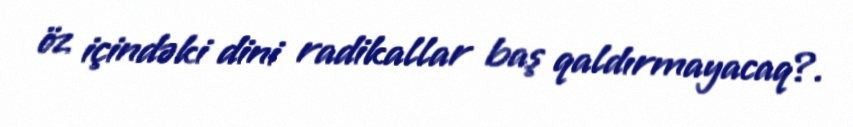
öz içindəki dini radikallar baş qaldırmayacaq?.